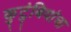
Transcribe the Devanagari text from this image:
कुटुंबियांचा